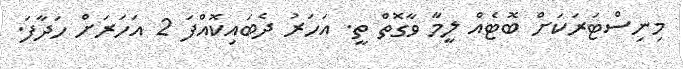
މިނިސްޓަރަކަށް ބޮޓެއް ލީމާ ވާގޮތް ތީ. އަހަރު ދެބައިކޮއްފަ 2 އަހަރަށް ހަދާފަ.